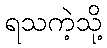
ရသကဲ့သို့